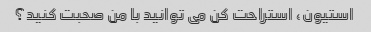
استیون، استراحت کن می توانید با من صحبت کنید؟